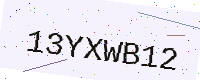
Text: 13YXWB12